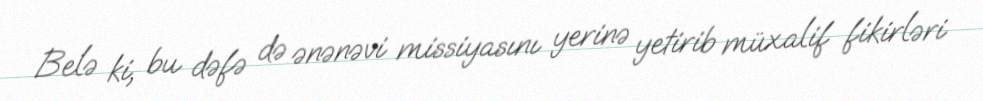
Belə ki, bu dəfə də ənənəvi missiyasını yerinə yetirib müxalif fikirləri